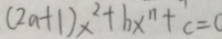
( 2 a + 1 ) x ^ { 2 } + b x ^ { n } + c = 0